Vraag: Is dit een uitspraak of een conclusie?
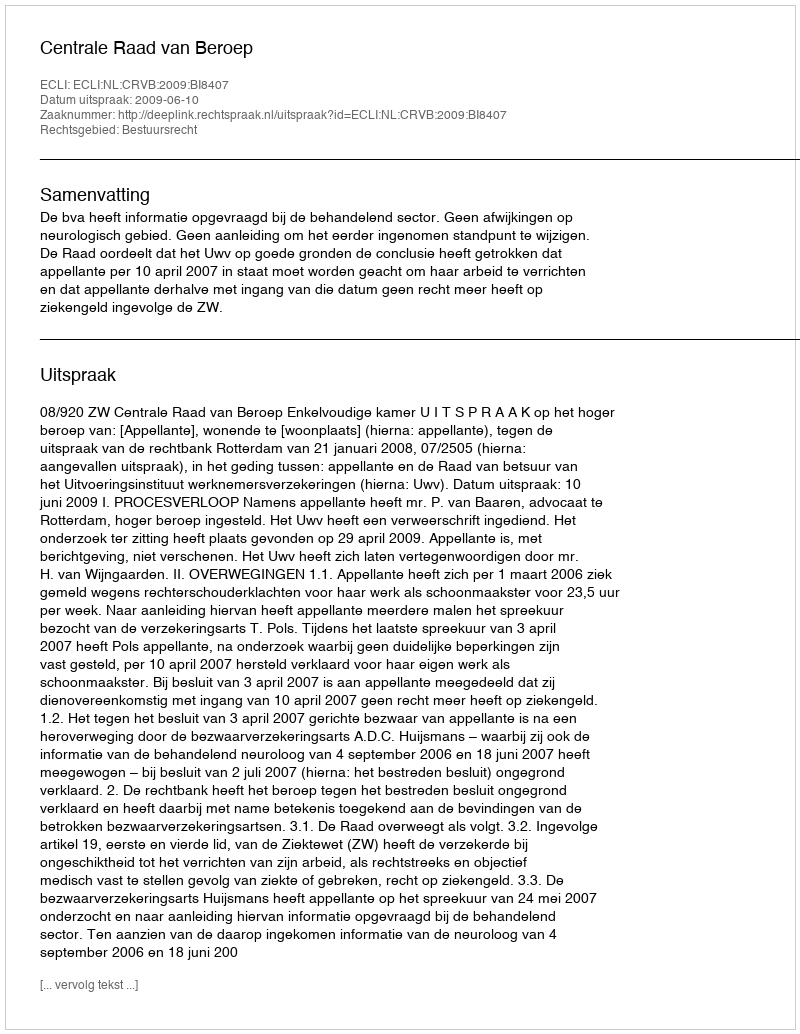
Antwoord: Uitspraak